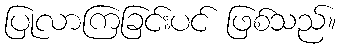
ပြုလာကြခြင်းပင် ဖြစ်သည်။